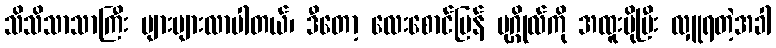
သိသိသာသာကြီး များများလာပါတယ်၊ ဒီတော့ လေးစောင်ပြန် ပုဂ္ဂိုလ်ကို အထူးပိုပြီး လှူရတဲ့အခါ